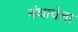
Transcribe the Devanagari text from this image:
बंधायेला